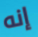
إنه